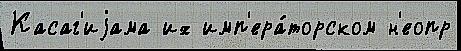
Касаг'иjама их имп'ера́торском н'еопр